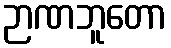
ဉာဏဘူတော